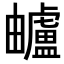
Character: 𧈕